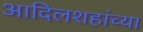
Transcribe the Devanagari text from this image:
आदिलशहांच्या